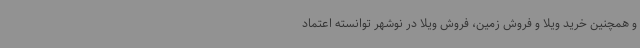
و همچنین خرید ویلا و فروش زمین، فروش ویلا در نوشهر توانسته اعتماد